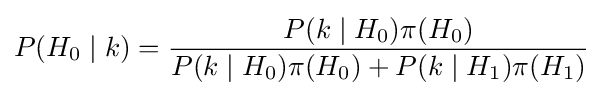
P(H_{0}\mid k)={\frac {P(k\mid H_{0})\pi (H_{0})}{P(k\mid H_{0})\pi (H_{0})+P(k\mid H_{1})\pi (H_{1})}}